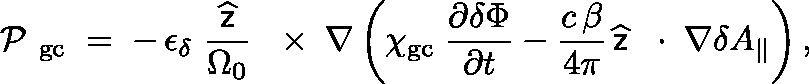
\mathrm { ~ \boldmath ~ \cal ~ P ~ } _ { \mathrm { g c } } \; = \; - \, \epsilon _ { \delta } \; \frac { \widehat { \sf z } } { \Omega _ { 0 } } \, \mathrm { ~ \boldmath ~ \times ~ } \, \nabla \left( \chi _ { \mathrm { g c } } \; \frac { \partial \delta \Phi } { \partial t } - \frac { c \, \beta } { 4 \pi } \, \widehat { \sf z } \, \mathrm { ~ \boldmath ~ \cdot ~ } \, \nabla \delta A _ { \| } \right) ,